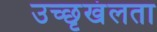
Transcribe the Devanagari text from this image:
उच्छृखंलता